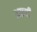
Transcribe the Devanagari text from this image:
अछ्ची